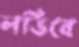
লভিবে